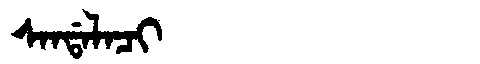
Manchu: ᠰᠠᠨᡩᠠᠯᠠᠴᡳ
Romanization: SANDALACI